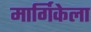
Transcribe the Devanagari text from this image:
मार्गिकेला